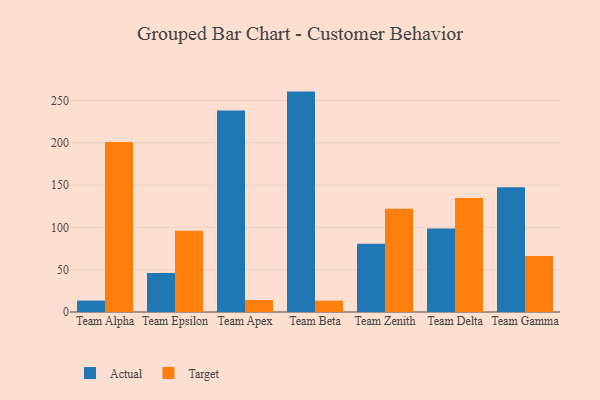
{"axis": {"x": "Team", "y": "Website Visitors"}, "legend": ["Actual", "Target"], "data": [{"x": "Team Alpha", "y": 13.5, "type": "Actual"}, {"x": "Team Alpha", "y": 200.8, "type": "Target"}, {"x": "Team Epsilon", "y": 46.2, "type": "Actual"}, {"x": "Team Epsilon", "y": 96.1, "type": "Target"}, {"x": "Team Apex", "y": 238.3, "type": "Actual"}, {"x": "Team Apex", "y": 14.2, "type": "Target"}, {"x": "Team Beta", "y": 260.5, "type": "Actual"}, {"x": "Team Beta", "y": 13.4, "type": "Target"}, {"x": "Team Zenith", "y": 80.6, "type": "Actual"}, {"x": "Team Zenith", "y": 122.0, "type": "Target"}, {"x": "Team Delta", "y": 98.8, "type": "Actual"}, {"x": "Team Delta", "y": 134.6, "type": "Target"}, {"x": "Team Gamma", "y": 147.3, "type": "Actual"}, {"x": "Team Gamma", "y": 66.3, "type": "Target"}]}